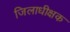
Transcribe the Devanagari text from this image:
जिलाधीक्षक